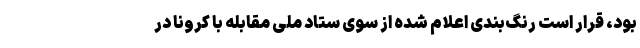
بود، قرار است رنگ‌بندی اعلام شده از سوی ستاد ملی مقابله با کرونا در